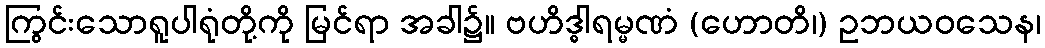
ကြွင်းသောရူပါရုံတို့ကို မြင်ရာ အခါ၌။ ဗဟိဒ္ဓါရမ္မဏံ (ဟောတိ၊) ဥဘယဝသေန၊